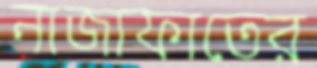
নাজাফাতের